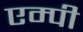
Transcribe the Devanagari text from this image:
एम्पी